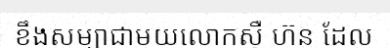
ខឹងសម្បាជាមួយលោកស៊ឺ ហ៊ួន ដែល